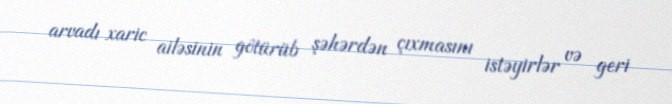
arvadı xaric ailəsinin götürüb şəhərdən çıxmasını istəyirlər və geri